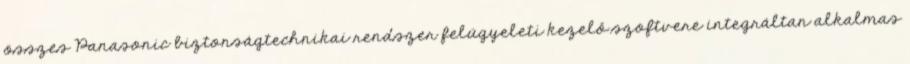
összes Panasonic biztonságtechnikai rendszer felügyeleti kezelő szoftvere integráltan alkalmas